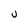
Character: U